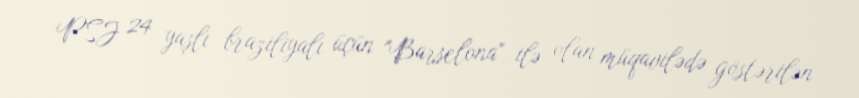
PSJ 24 yaşlı braziliyalı üçün "Barselona" ilə olan müqavilədə göstərilən